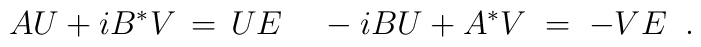
A U + i B^* V \,=\, U E \;\;\;\; -i B U + A^* V \;=\;- V E \;\;.